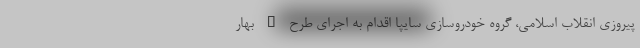
پیروزی انقلاب اسلامی، گروه خودروسازی سایپا اقدام به اجرای طرح " بهار